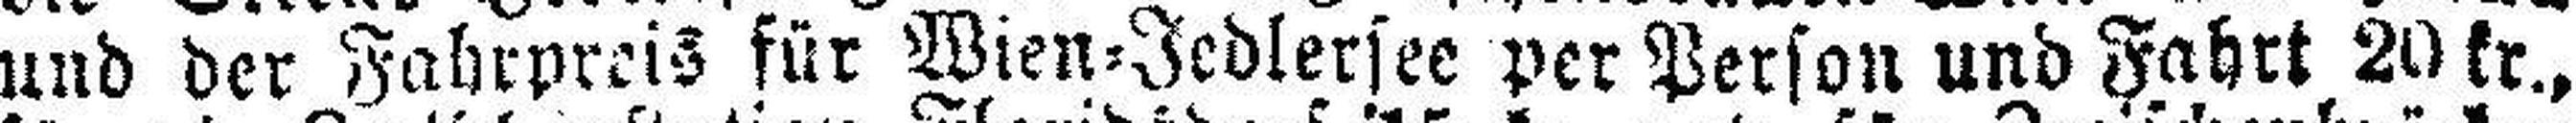
und der Fahrpreis für Wien=Jedlersee per Person und Fahrt 20 kr.,